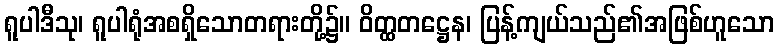
ရူပါဒီသု၊ ရူပါရုံအစရှိသောတရားတို့၌။ ဝိတ္ထတဋ္ဌေန၊ ပြန့်ကျယ်သည်၏အဖြစ်ဟူသော